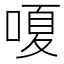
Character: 嗄